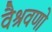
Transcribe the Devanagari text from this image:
वैश्रवणो